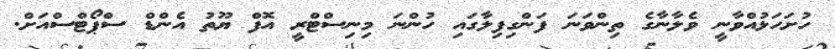
ހުށަހަޅުއްވާނީ ވެލާނާގެ ތިންވަނަ ފަންގިފިލާގައި ހުންނަ މިނިސްޓްރީ އޮފް ޔޫތު އެންޑް ސްޕޯޓްސްއަށް.